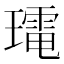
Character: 𭺀